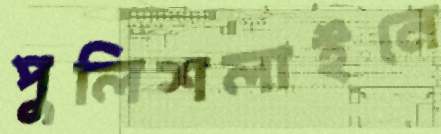
পুলিশলাইনে